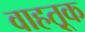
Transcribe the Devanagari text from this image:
वाहतू़क